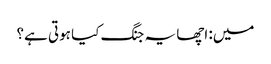
میں: اچھا یہ جنگ کیا ہوتی ہے؟